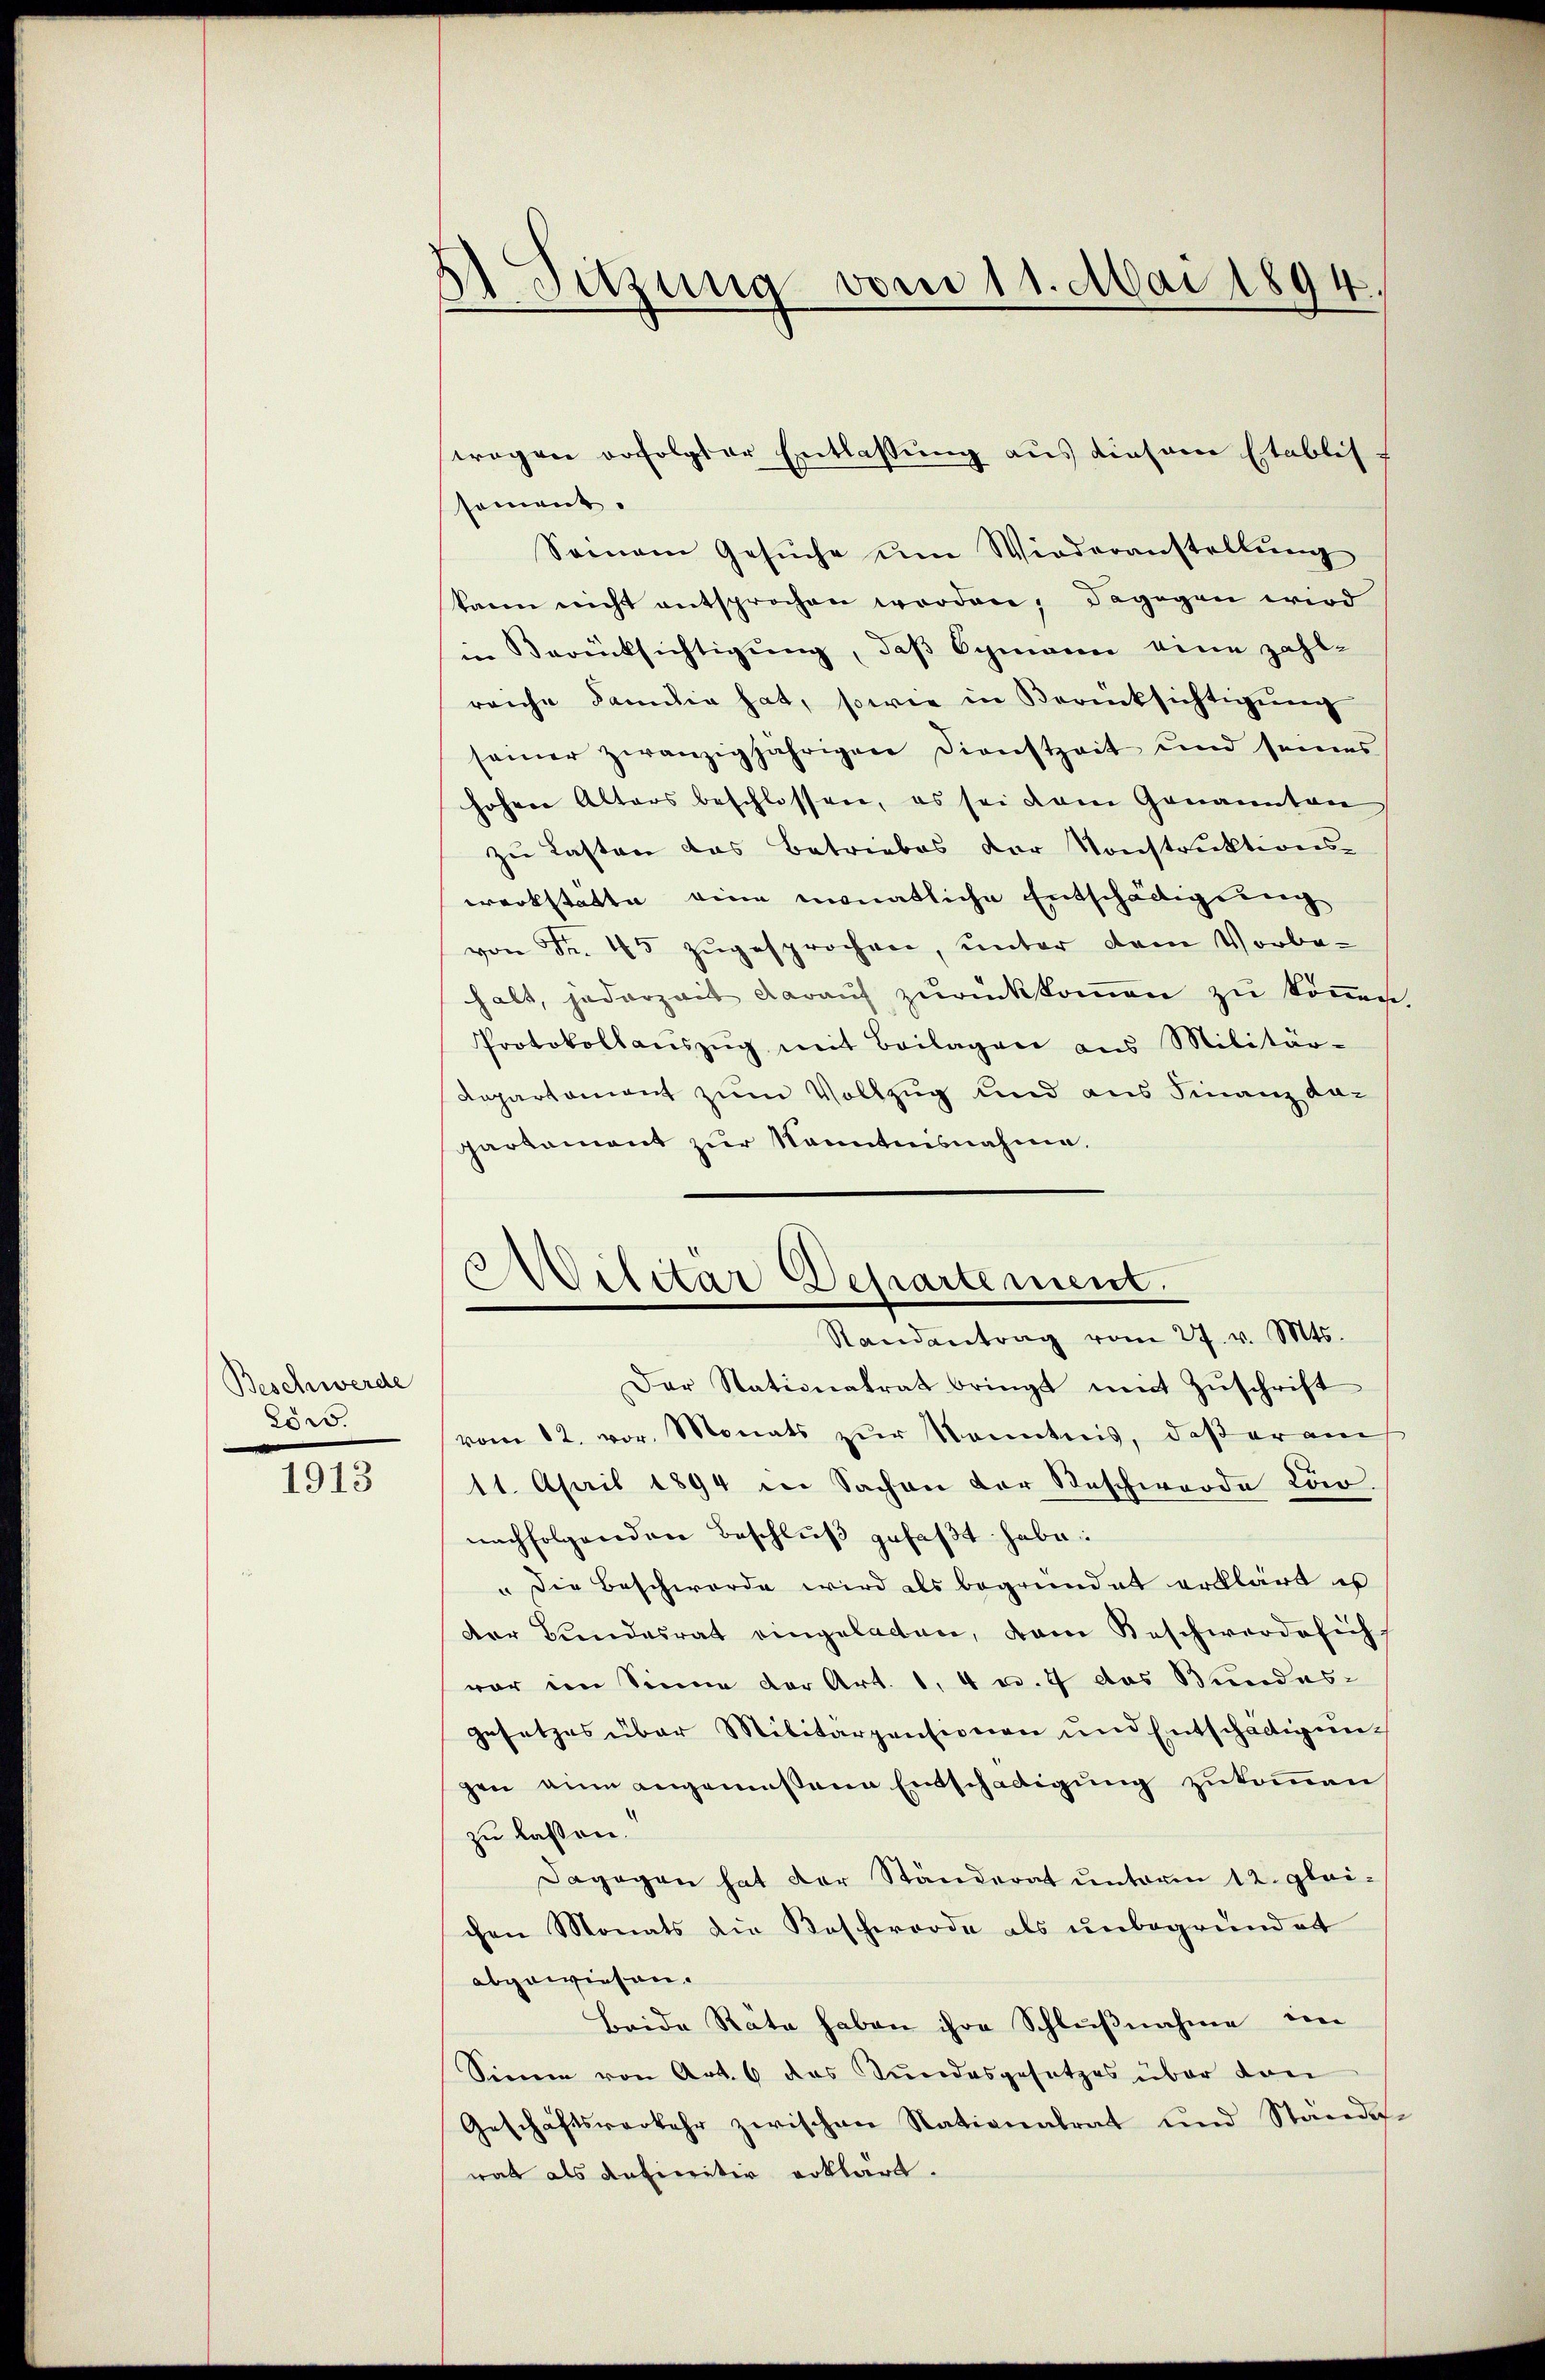
Beschwerde
200.

1913

1 Sitzung vom 11. Mai 1894.

tragen erfolgter Entlaßung aus diesem Etablis
sement.
Seinem Gesŭche ŭm Wiederanstellŭng
kann nicht entsprochen worden; dagegen wird
in Berücksichtigung, daß Ogmann eine zahl-
reiche Familie hat, sowie in Berücksichtigŭng
seiner zwanzigjährigen Dienstzeit und seines
hohen Alters beschlossen, es sei dem Genannten
zu Lasten das Betriebes der Konstruktions-
werkstatte eine monatliche Entschädigung
von Fr. 45 zŭgesprochen, unter dem Vorbe-
halt, jederzeit darauf zurückkommen zu können.
Protokollaŭszŭg mit Beilagen aus Militär-
Departement zum Vollzug und aus Finanz dapartament zur Kenntnisnahme.
Der Stationalrat bringt mit Zŭschrift
vom 12. vor. Monats zŭr Kenntnis, daβ er am
11. April 1894 in Sachen der Beschwerde Löw
nachfolgenden Beschlŭβ gefaßt habe
" die Beschwerde wird als begründet erklärt es
der Bundesrat eingeladen, dem Beschwerde sich
var im Sinne der Art. 1, 4 u. 7 das Bundesgesetzes über Militärpensionen und Entschädigungen ein angemeßene Entschädigung zukommen
zu lassen.
Dagegen hat der Ständerat unterm 12. gleichen Monats die Beschwerde als unbegründet
abgewiesen.
Beide Räte haben ihre Schlußnahme im
Sinne von Art. 6 das Tundesgesetzes über dan
Geschäftsverkehr zwischen Nationalrat und Ständige
wat als definitiv erklärt.

Militär Departement.
Randantrag vom 27. v. Mts.